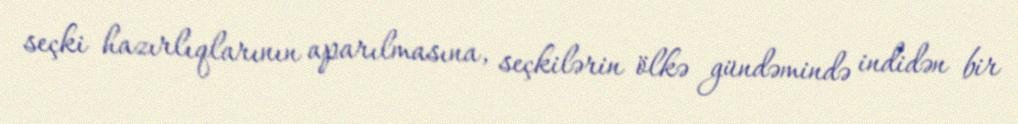
seçki hazırlıqlarının aparılmasına, seçkilərin ölkə gündəmində indidən bir